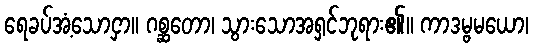
ရေခပ်အံ့သောငှာ။ ဂစ္ဆတော၊ သွားသောအရှင်ဘုရား၏။ ကာဒမ္ဗမယော၊